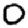
Digit: 0